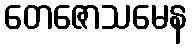
တေဇောသမေန